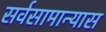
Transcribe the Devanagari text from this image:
सर्वसामान्यास